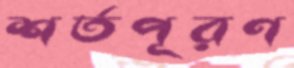
শর্তপূরণ